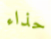
حذاء